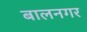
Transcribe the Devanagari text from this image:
बालनगर